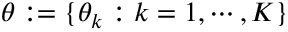
\theta : = \{ \theta _ { k } : k = 1 , \cdots , K \}